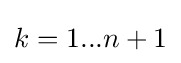
k=1...n+1